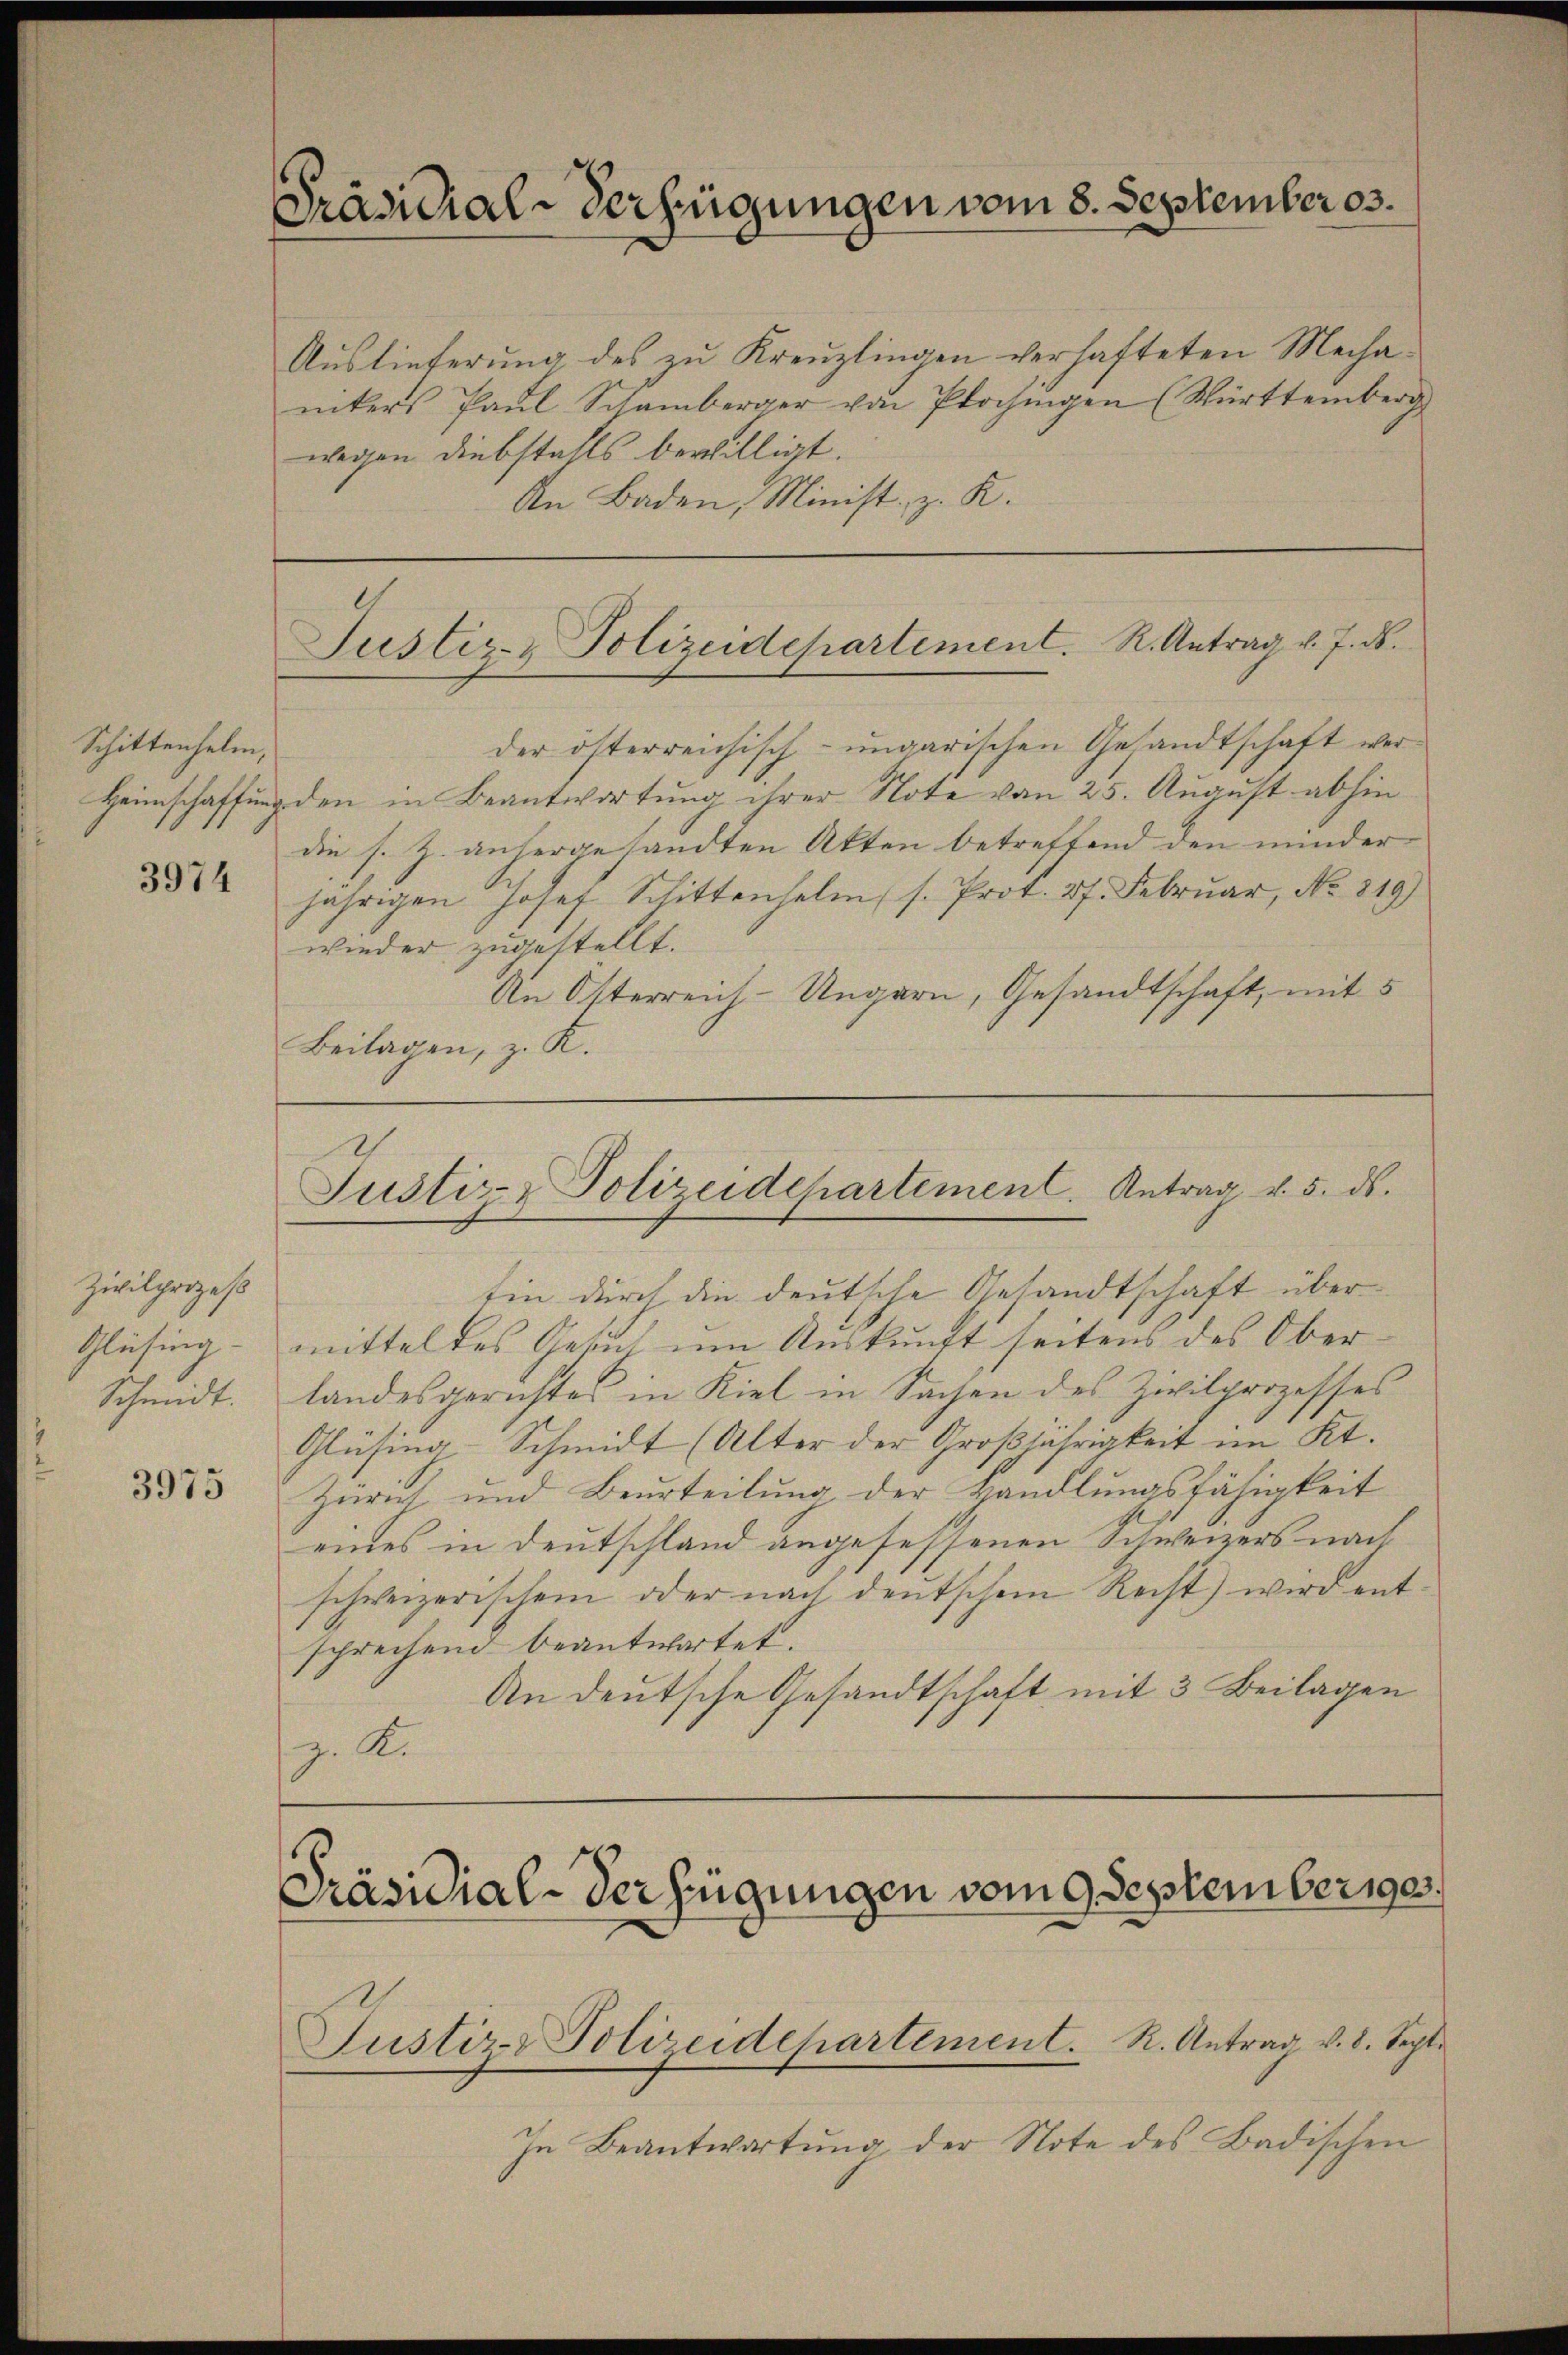
Schittenhelm,

3974

Zivilprozeß
Glüsing.
Schmeckt.

3975

Präsidial-Verfügungen vom 8. September 3.

Auslieferung des zu Kreuzlingen verhafteten Mechanikers Paŭl Schamberger von Prochingen (Württemberg
wegen Diebstahls bewilligt.
An Baden, Minist, z. R.

Justiz- & Polizeidepartement. R. Antrag v. J. d.

Justiz- & Polizeidepartement. Antrag v. 5. ds.

der österreichisch-ungarischen Gesandtschaft wer¬
Heimschaffung den in Beantwortung ihrer Note von 25. August abhin
die s. Z. anhergesandten Akten betreffend den minder
jährigen Josef Schittenhelm (s. Prot. 27. Februar, No. 819)
wieder zugestellt.
An Österreich-Ungarn, Gesandtschaft, mit 5
Beilagen, z. K.

Ein durch die deutsche Gesandtschaft übermitteltes Gesuch um Auskunft seitens des Oberlandesgerichtes in Kiel in Sachen des Zivilprozesses
Glüsing-Schmidt (Alter der Großjährigkeit im Kt.
Zürich und Beurteilung der Kandlungsfähigkeit
eines in Deutschland angefessenen Schweizers nach
schweizerischen oder nach deutschem Recht) wird ent
sprechend beantwortet.
An deutsche Gesandtschaft mit 3 Beilagen
z. K.

Präsidial-Verfügungen vom 9. September 190
Justiz- Polizeidepartement. R. Antrag v. 8. Sept.

In Beantwortŭng der Note des Badischen